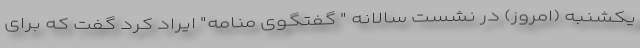
یکشنبه (امروز) در نشست سالانه " گفتگوی منامه" ایراد کرد گفت که برای